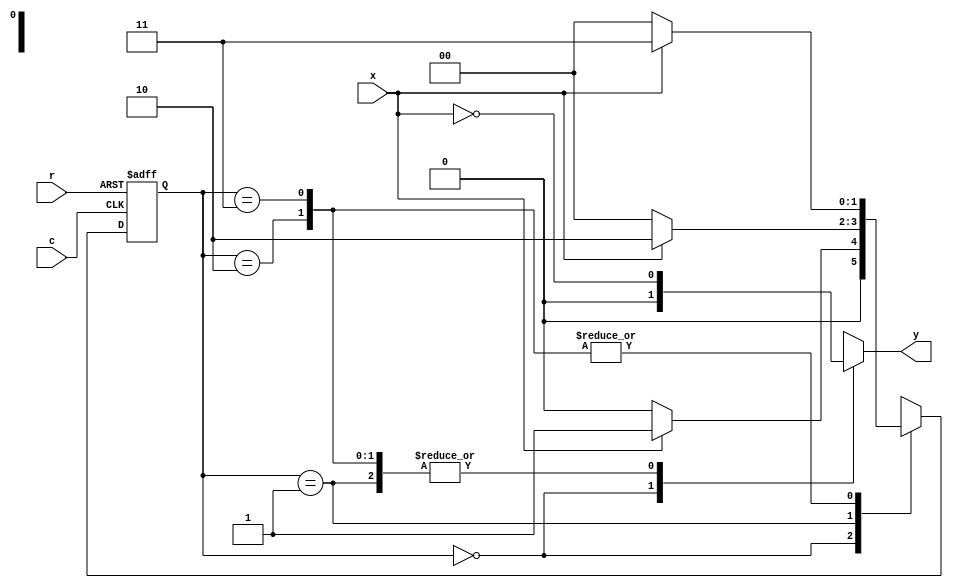
`timescale 1ns / 1ps

module zd(
    output reg y,
    input x,
    input c,
    input r
    );

reg [1:0] st,n_st;
parameter s0=2'b00, s1=2'b01, s2=2'b10, s3=2'b11;

always@ (posedge c, posedge r)
if(r) st <= s0;
else  st<=n_st;

always@(st,x)
case(st)

s0: if(x) n_st=s1;
	 else n_st=s0;
s1: if(x) n_st=s2;
	 else n_st =s0;

s2: if(x) n_st=s3;
	 else n_st =s0;
s3: if(x) n_st=s3;
	 else n_st =s0;
	 
endcase

always@(st,x)
case(st)
s0: y=0;
s1,s2,s3: y=~x;
endcase

endmodule